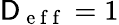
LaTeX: \mathsf{D}_{\mathrm{{~e~f~f~}}}=1